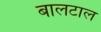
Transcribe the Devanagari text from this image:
बालटाल